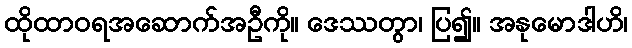
ထိုထာဝရအဆောက်အဦကို။ ဒေဿတွာ၊ ပြ၍။ အနုမောဒါဟိ၊